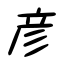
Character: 彦